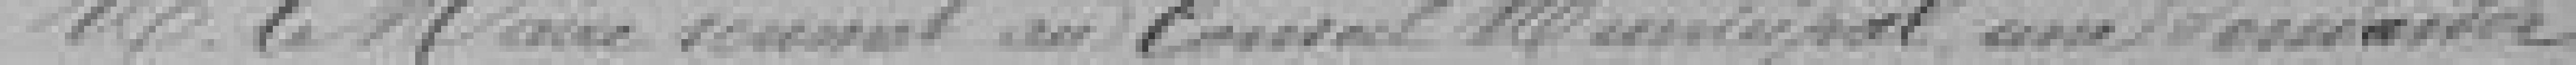
Monsieur le Maire remet au Conseil Municipal une ???